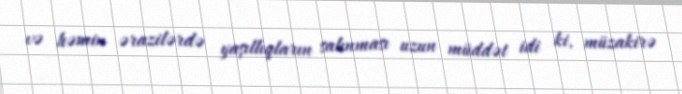
və həmin ərazilərdə yaşıllıqların salınması uzun müddət idi ki, müzakirə